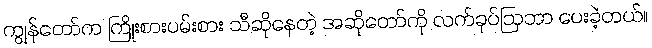
ကျွန်တော်က ကြိုးစားပမ်းစား သီဆိုနေတဲ့ အဆိုတော်ကို လက်ခုပ်ဩဘာ ပေးခဲ့တယ်။